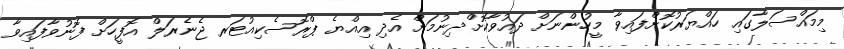
މިމައްސަލާގައި ހައްޔަރުކޮށްފައިވާ މީހުންނަށް ދައުވާކޮށްދިނުމަށް އެދި އިއްޔެ ޕްރޮސެކިއުޓަރ ޖެނެރަލް އޮފީހަށް ފޮނުވާފައިވާ